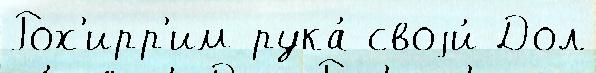
Рох'ирр'им рука́ своjи́ Дол